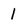
Character: 1